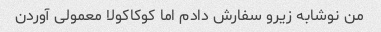
من نوشابه زیرو سفارش دادم اما کوکاکولا معمولی آوردن